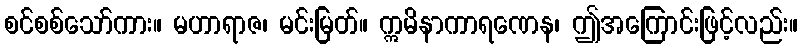
စင်စစ်သော်ကား။ မဟာရာဇ၊ မင်းမြတ်။ ဣမိနာကာရဏေန၊ ဤအကြောင်းဖြင့်လည်း။